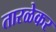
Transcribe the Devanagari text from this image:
तारळेकर